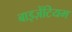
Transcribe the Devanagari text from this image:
बाइज़ेंटियम